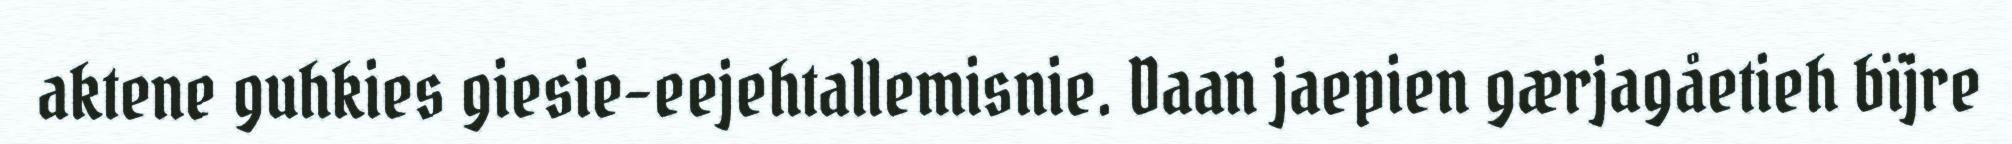
aktene guhkies giesie-eejehtallemisnie. Daan jaepien gærjagåetieh bïjre